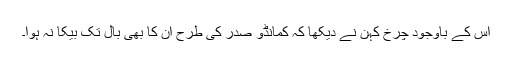
اس کے باوجود چرخ کہن نے دیکھا کہ کمانڈو صدر کی طرح ان کا بھی بال تک بیکا نہ ہوا۔